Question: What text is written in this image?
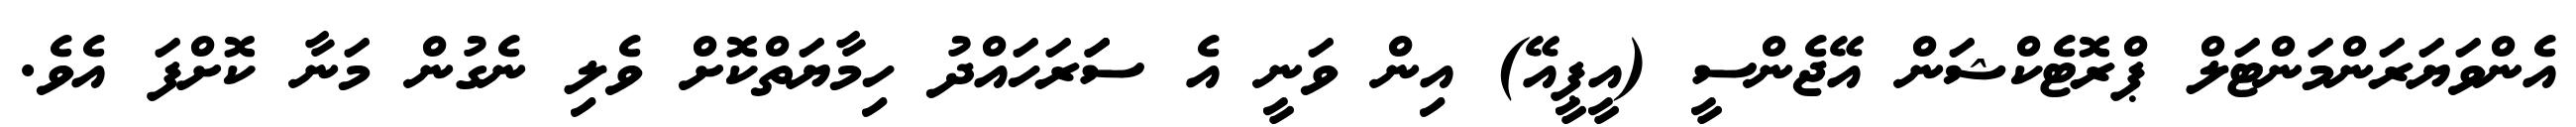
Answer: އެންވަޔަރަންމަންޓަލް ޕްރޮޓެކްޝަން އޭޖެންސީ (އީޕީއޭ) އިން ވަނީ އެ ސަަރަހައްދު ހިމާޔަތްކޮށް ވެލި ނެގުން މަނާ ކޮށްފަ އެވެ.